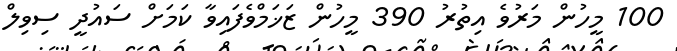
100 މީހުން މަރުވެ އިތުރު 390 މީހުން ޒަޚަމްވެފައިވާ ކަމަށް ސައުދީ ސިވިލް